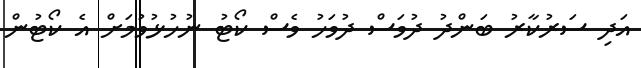
އަދި ސަރުކާރު ބަންދު ދުވަސް ދުވަހު ވެސް ކޯޓު ނުހުޅުވުމަށް އެ ކޯޓުން